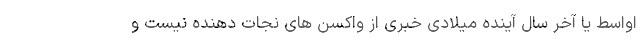
اواسط یا آخر سال آینده میلادی خبری از واکسن های نجات دهنده نیست و